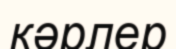
кәрлер